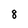
Character: 8